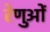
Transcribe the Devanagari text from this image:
रेणुओं